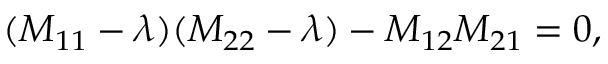
( M _ { 1 1 } - \lambda ) ( M _ { 2 2 } - \lambda ) - M _ { 1 2 } M _ { 2 1 } = 0 ,